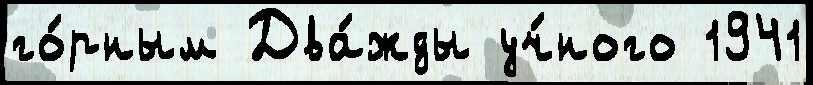
го́рным Два́жды уч́ного 1941